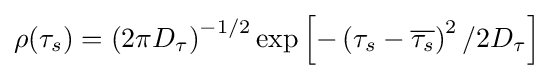
\rho (\tau _{s})=\left(2\pi D_{\tau }\right)^{-1/2}\exp \left[-\left(\tau _{s}-{\overline {\tau _{s}}}\right)^{2}/2D_{\tau }\right]